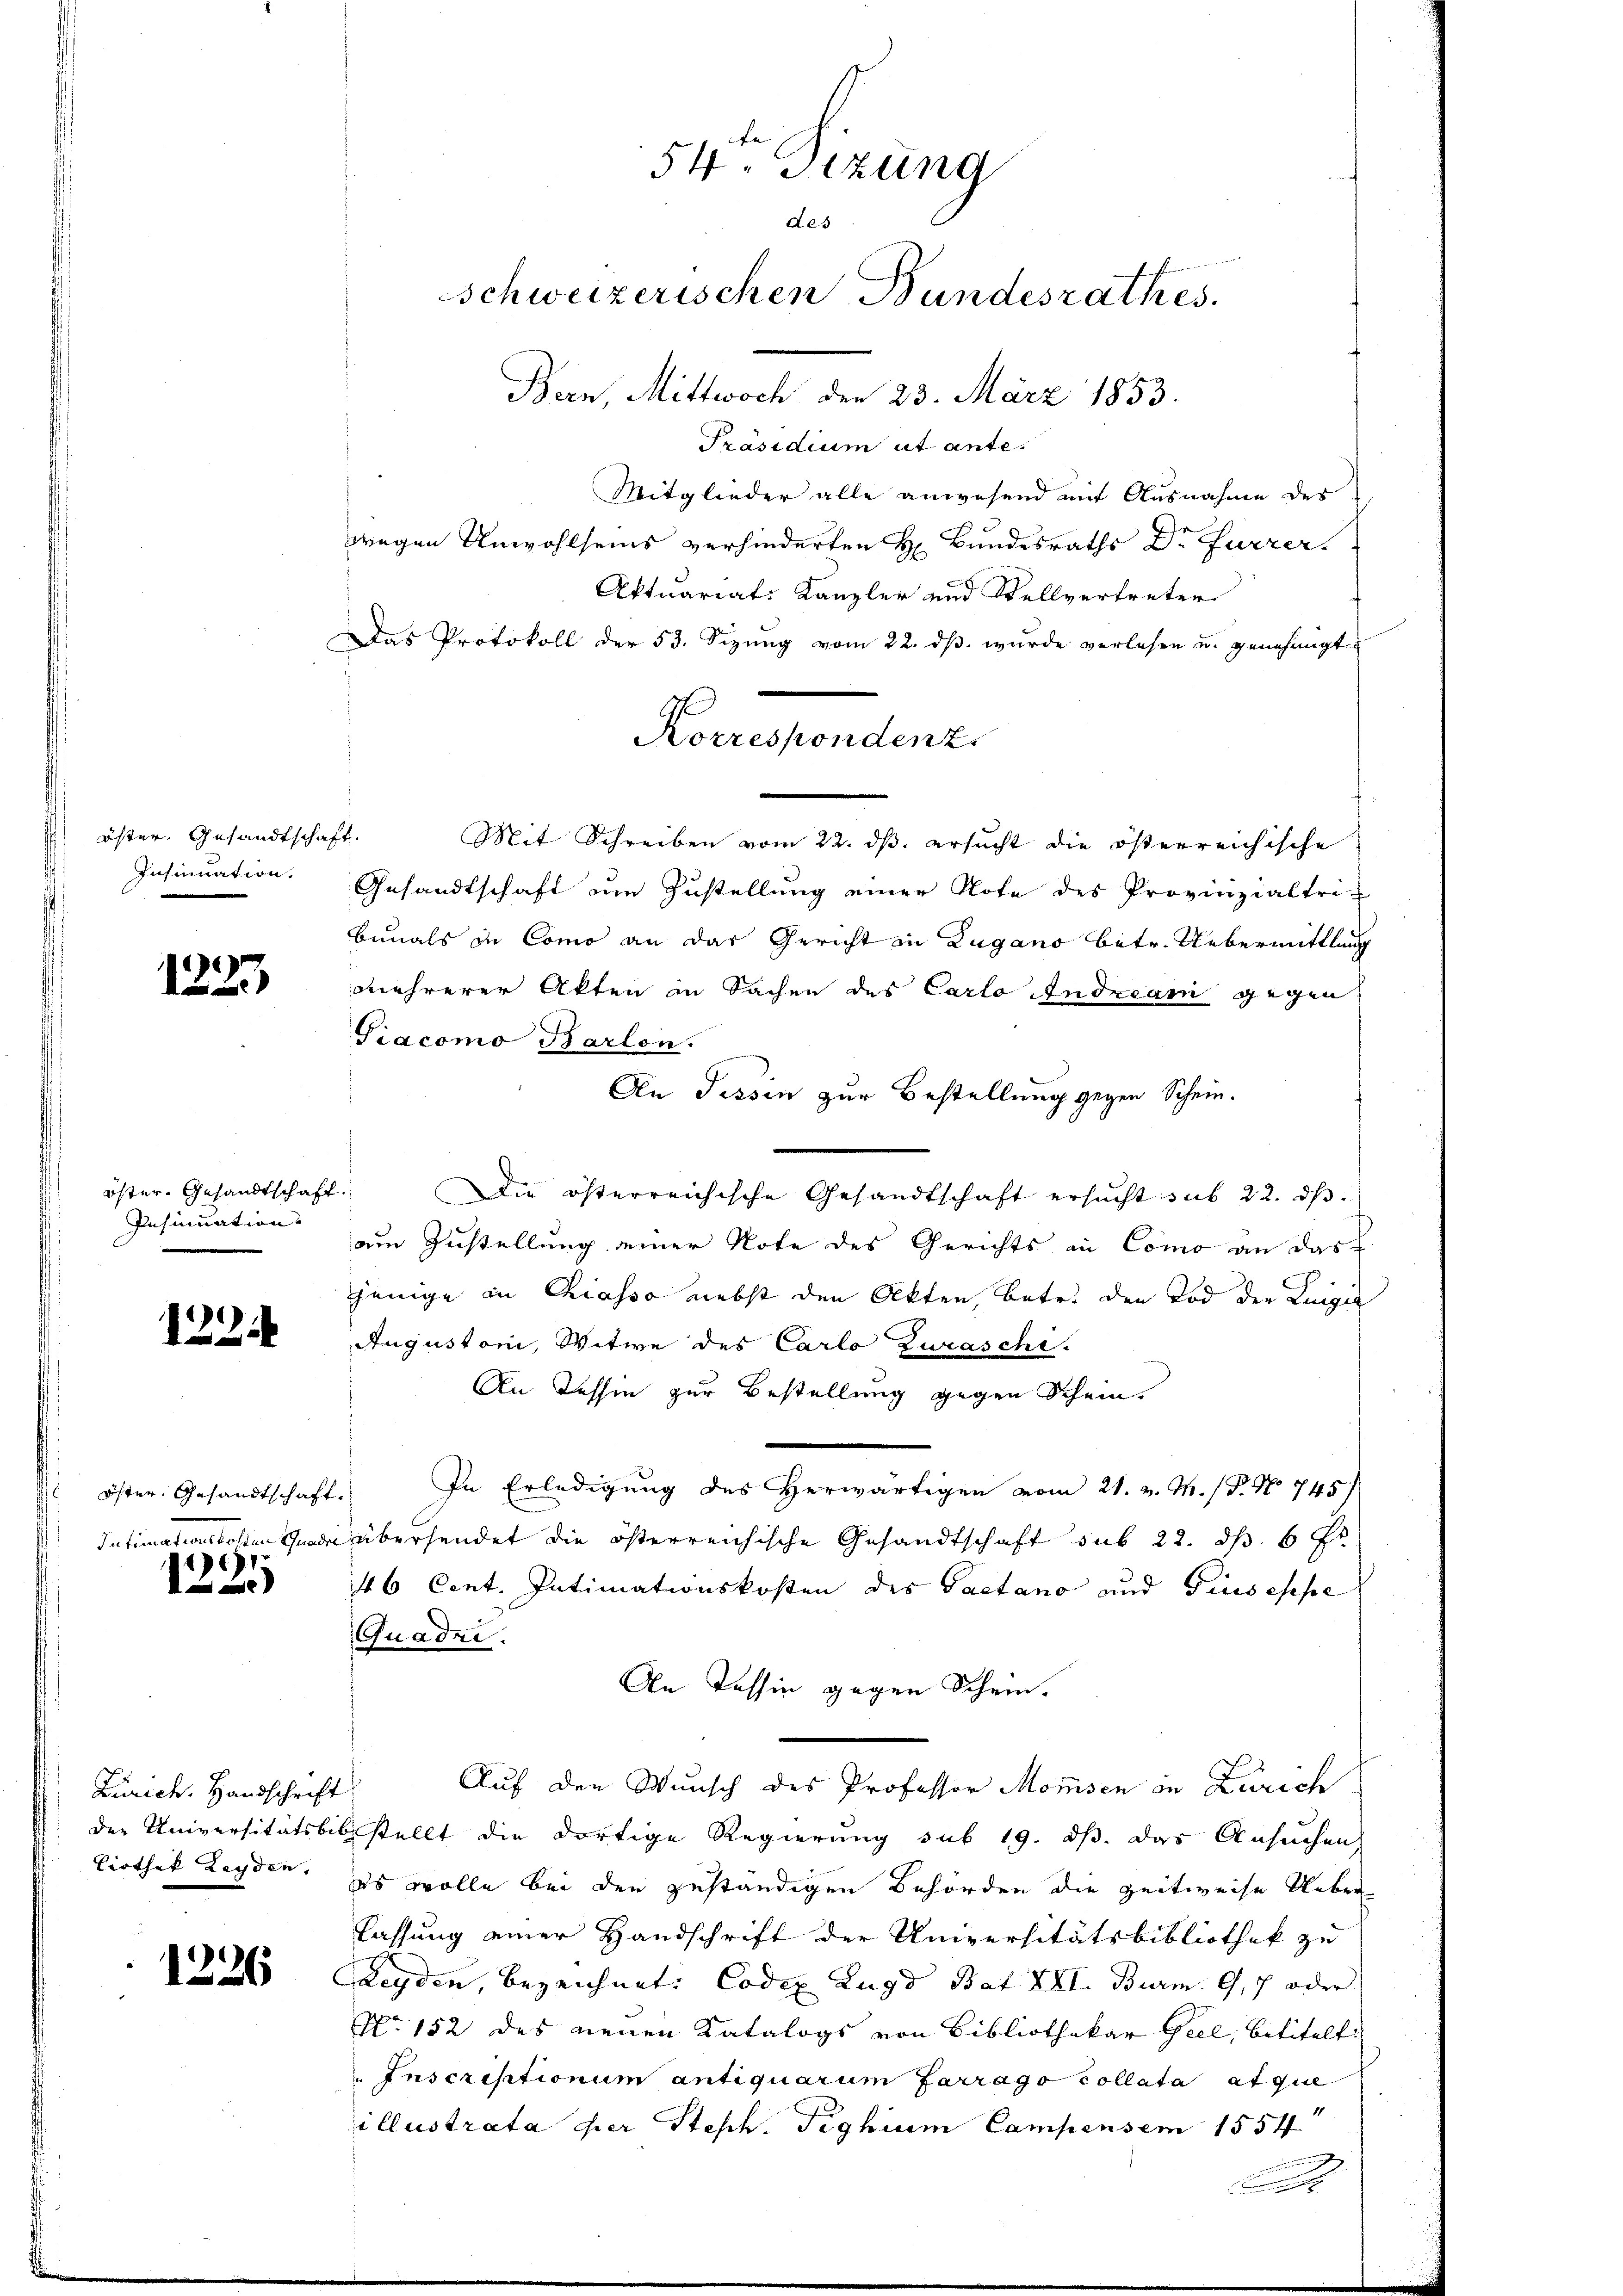
1225

öster Gesandtschaft.
Insinuation.

öster Gesandtschaft
Insinuation

1224

Öster Gesandtschaft.
1

A

Zürich. Handschrift

1226

54. Sizung
des
Schweizerischen Bundesrathes.
Bern, Mittwoch den 23. März 1853.

Präsidium ut ante.
Mitglieder alle anwesend mit Ausnahme des
wegen Unwohlseins verhinderten H. Bundesraths Dr Furrer.
Aktuariat Kanzler und Stellvertreter
Das Protokoll der 53. Sizŭng vom 22. dβ. wurde verlesen u. genehmigt
Korrespondenz.
Mit Schreiben vom 22. ds. ersucht die österreichische
Gesandtschaft um Zustellung einer Note des Provinzialtribunals de Como an das Gericht in Zugano betr. Uebermittlung
mehrerer Akten in Sachen des Carlo Andecani gegen
Giacomo Barlon.
An Tessin zur Bestellung gegen Schein.
Die österreichische Gesandtschaft ersucht sub 22. ds.
am Zustellung einer Note des Gerichts in Como an das
jenige in Chiasso nebst den Akten, betr. den Tod der Lungen
Augustoni, Witwe des Carlo Zuraschi.
An Tessin zur Bestellung gegen Schein
In Erledigung des Herwärtigen vom 21. v. M. / P. No 745
Intimationskosten Gnade übersendet die österreichische Gesandtschaft sub 22. ds. 6 fr
46 Cent. Intimationskosten des Pactano und Giuseppe
Quadee.
An Tessin gegen Schein-
Auf den Wunsch des Professor Momsen in Zürich
der Universitätsbibestellt die dortige Regierung sub 19. ds. das Ansuchen,
liothek Leyden, es wolle bei den zuständigen Behörden die Zeitweise Ueberlassung einer Handschrift der Universitätsbibliothek zu
Leyden, bezeichnet: Codex Zugd Bat XVI. Burm. G, oder
No. 152 des neuen Katalogs von Bibliothekar Geel, betitelt
Inscriptionum antiquarum farrago collata atque
illustrata der Steph. Tighium Campensem 1554

.